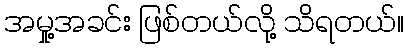
အမှု့အခင်း ဖြစ်တယ်လို့ သိရတယ်။